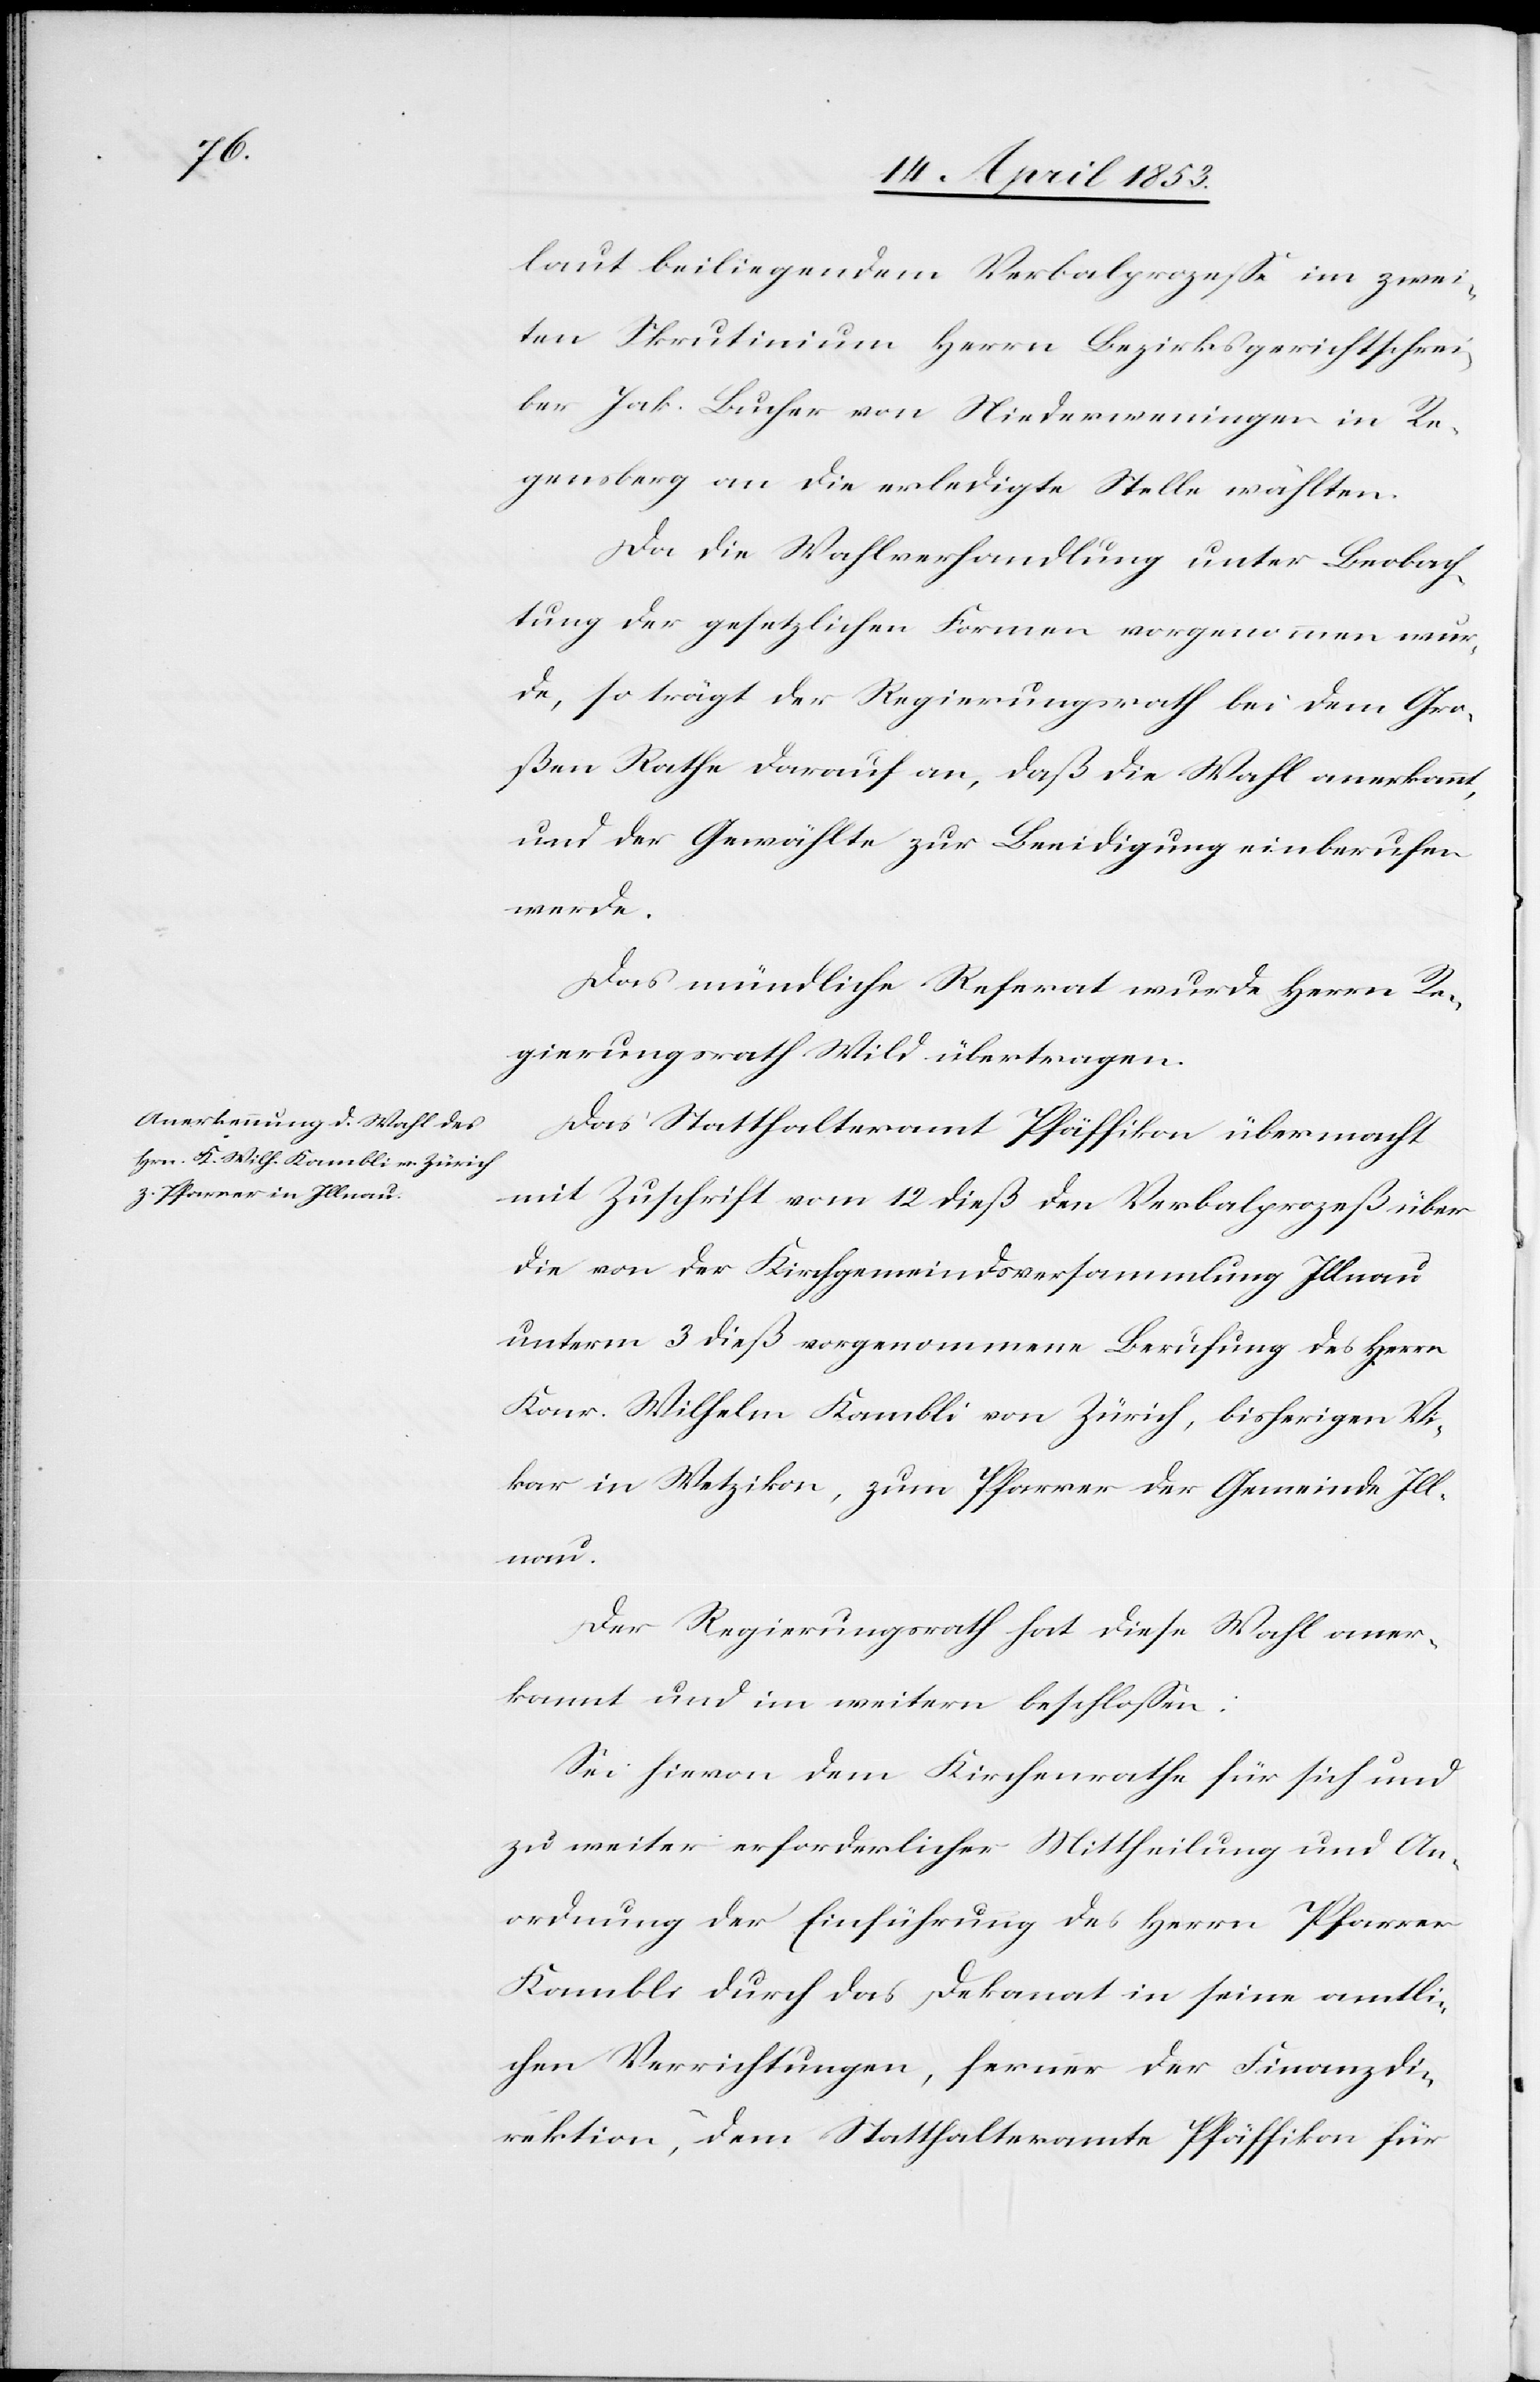
laut beiliegendem Verbalprozeße im zwei¬
ten Skrutinium Herrn Bezirksgerichtsschrei¬
ber Jak. Bucher von Niederweningen in Re¬
gensberg an die erledigte Stelle wählten.
Da die Wahlverhandlung unter Beobach¬
tung der gesetzlichen Formen vorgenommen wur¬
de, so trägt der Regierungsrath bei dem Gro¬
ßen Rathe darauf an, daß die Wahl anerkannt,
und der Gewählte zur Beeidigung einberufen
werde.
Das mündliche Referat wurde Herrn Re¬
gierungsrath Wild übertragen.
Das Statthalteramt Pfäffikon übermacht
mit Zuschrift vom 12 dieß den Verbalprozeß über
die von der Kirchgemeindsversammlung Illnau
unterm 3 dieß vorgenommene Berufung des Herrn
Konr. Wilhelm Kambli von Zürich, bisherigen Vi¬
kar in Wetzikon, zum Pfarrer der Gemeinde Ill¬
nau.
Der Regierungsrath hat diese Wahl aner¬
kannt und im weitern beschloßen:
Sei hievon dem Kirchenrathe für sich und
zu weiter erforderlicher Mittheilung und An¬
ordnung der Einführung des Herrn Pfarrer
Kambli durch das Dekanat in seine amtli¬
chen Verrichtungen, ferner der Finanzdi¬
rektion, dem Statthalteramte Pfäffikon für